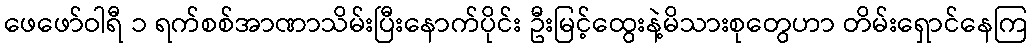
ဖေဖော်ဝါရီ ၁ ရက်စစ်အာဏာသိမ်းပြီးနောက်ပိုင်း ဦးမြင့်ထွေးနဲ့မိသားစုတွေဟာ တိမ်းရှောင်နေကြ